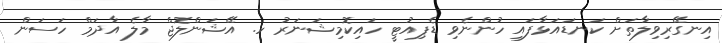
އިނގޭރިވިލާތަށް ކަނޑައަޅާފައި ހުންނެވި ޑެޕިއުޓީ ހައިކޮމިޝަނަރު ހ. އޭޝަންލޮޖް މާލެ އާދަމް ހަސަން